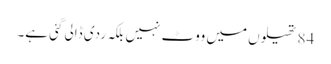
84 تھیلوں میں ووٹ نہیں بلکہ ردی ڈالی گئی ہے۔